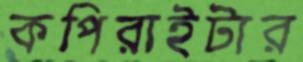
কপিরাইটার